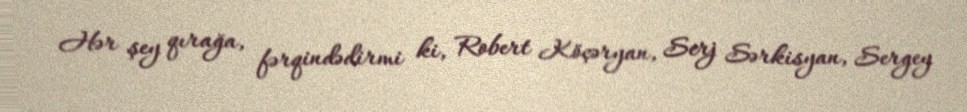
Hər şey qırağa, fərqindədirmi ki, Robert Köçəryan, Serj Sərkisyan, Sergey